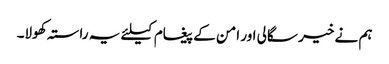
ہم نے خیر سگالی اور امن کے پیغام کیلئے یہ راستہ کھولا۔